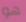
هو